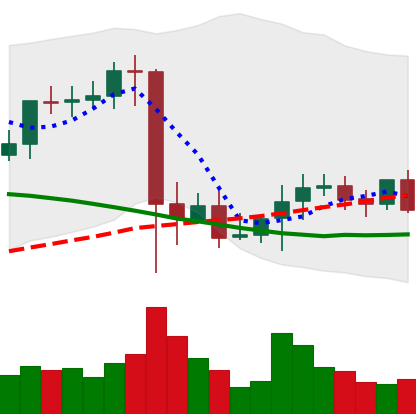
Ticker: XMR-USD
Chart end date: 2021-09-19
Forward return: -10.054%
Label: down_7plus